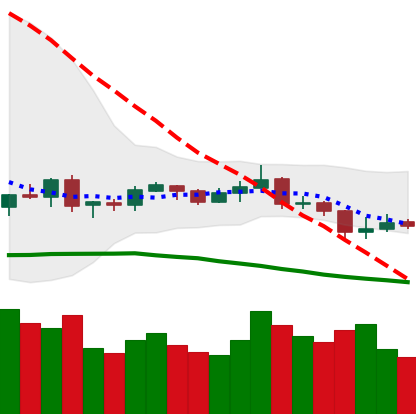
Ticker: XRP-USD
Chart end date: 2019-08-12
Forward return: -11.521%
Label: down_7plus